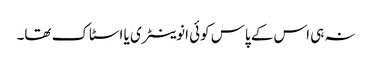
نہ ہی اس کے پاس کوئی انوینٹری یا اسٹاک تھا۔